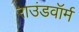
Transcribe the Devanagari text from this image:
राउंडवॉर्म